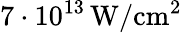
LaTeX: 7\cdot 10^{13}\, \mathrm{W/cm^{2}}